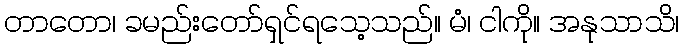
တာတော၊ ခမည်းတော်ရှင်ရသေ့သည်။ မံ၊ ငါကို။ အနုသာသိ၊